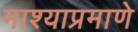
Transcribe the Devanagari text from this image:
माश्याप्रमाणे